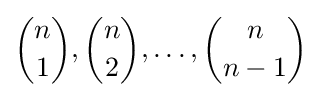
{\binom {n}{1}},{\binom {n}{2}},\ldots ,{\binom {n}{n-1}}